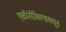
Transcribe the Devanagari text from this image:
एकॉनॉमिक्समधून